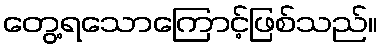
တွေ့ရသောကြောင့်ဖြစ်သည်။